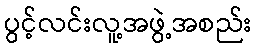
ပွင့်လင်းလူ့အဖွဲ့အစည်း